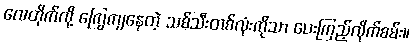
လေတိုက်လို့ ကြွေကျနေတဲ့ သစ်သီးတစ်လုံးကိုသာ ပေးကြည့်လိုက်စမ်း။